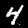
Label: 4